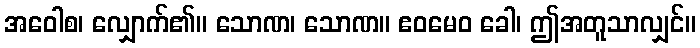
အဝေါစ၊ လျှောက်၏။ သောဏ၊ သောဏ။ ဧဝမေဝ ခေါ၊ ဤအတူသာလျှင်။